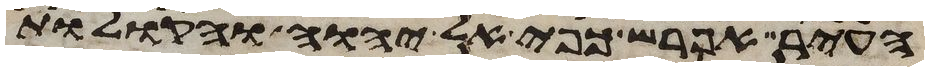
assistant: העיר אפרש כפי אל יהוה והקולות